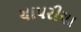
ચાપરીયા